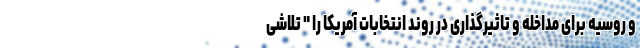
و روسیه برای مداخله و تاثیرگذاری در روند انتخابات آمریکا را " تلاشی